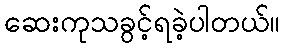
ဆေးကုသခွင့်ရခဲ့ပါတယ်။